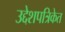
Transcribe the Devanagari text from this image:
उद्देशपत्रिकेत